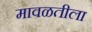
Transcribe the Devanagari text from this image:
मावळतीला